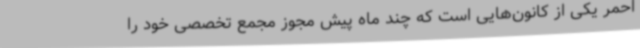
احمر یکی از کانون‌هایی است که چند ماه پیش مجوز مجمع تخصصی خود را